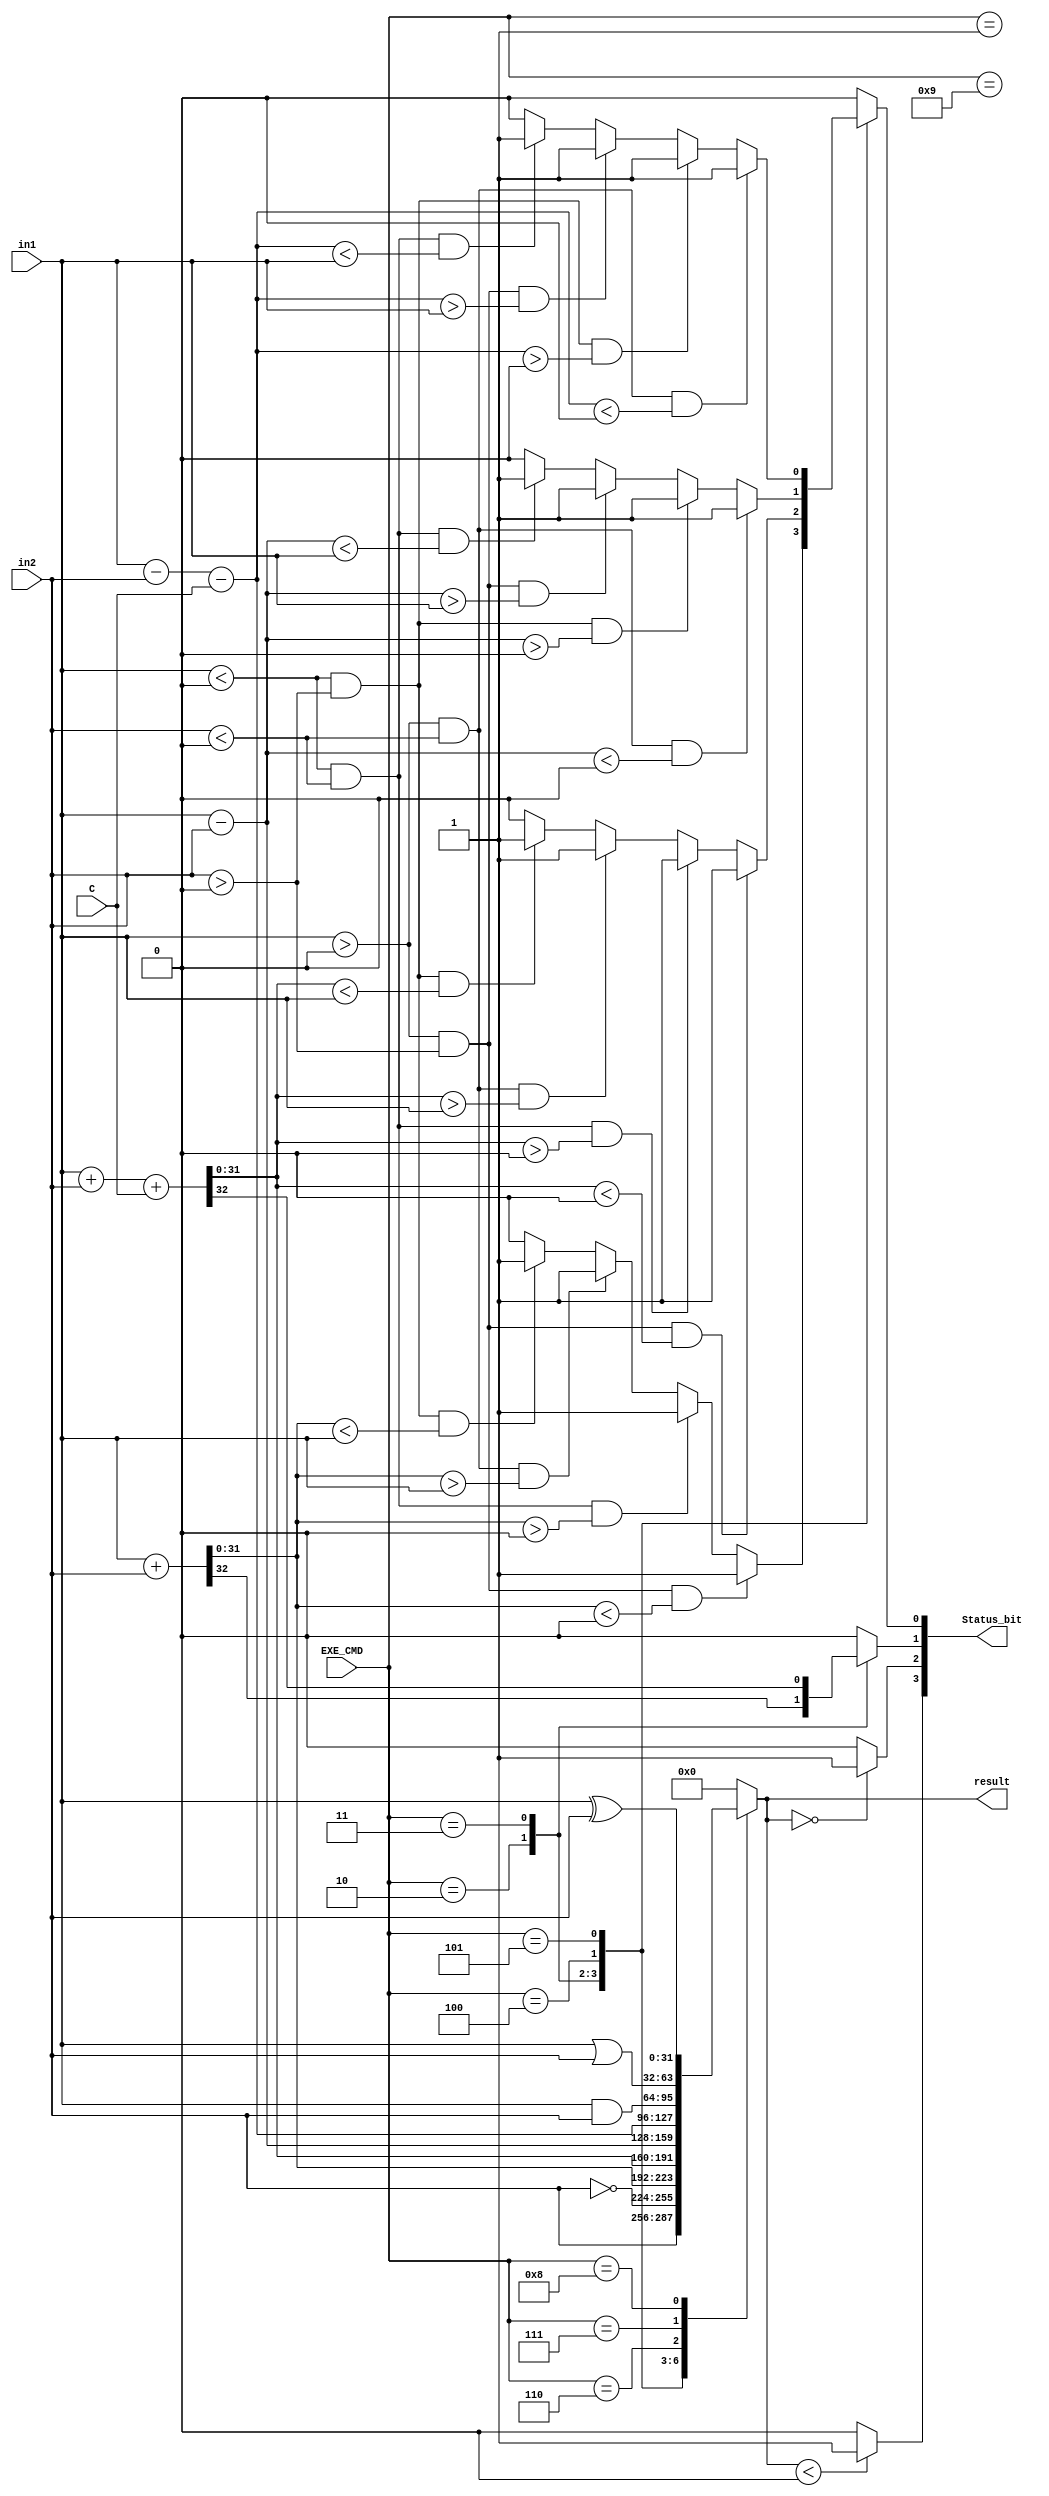
module ALU (
    input signed [31:0] in1,
    in2,
    input [3:0] EXE_CMD,
    input C,
    output [3:0] Status_bit,
    output reg signed [31:0] result
);
  parameter [3:0] MOV = 4'b001, MVN = 4'b1001, ADD_LDR_STR = 4'b0010, ADC = 4'b0011, SUB_CMP = 4'b0100, SBC = 4'b0101,
                    AND_TST = 4'b0110, ORR = 4'b0111, EOR = 4'b1000, TST = 4'b0110;
  //N neg out
  //V overflow
  //C carry out
  //Z zero
  reg N, Z, Co, V;
  assign Status_bit = {N, Z, Co, V};
  always @(in1, in2, C, EXE_CMD) begin
    N  = 1'b0;
    Z  = 1'b0;
    Co = 1'b0;
    V  = 1'b0;
    case (EXE_CMD)
      MOV:    result = in2;
      MVN:    result = ~in2;
      ADD_LDR_STR:    begin
                {Co,result} = in1 + in2;
                if(in1 > 0 & in2 > 0 & result < 0)
                    V = 1'b1;
                else if(in1 < 0 & in2 < 0 & result > 0)
                    V = 1'b1;
                else if(in1 > 0 & in2 < 0 & result > in1)
                    V = 1'b1;
                else if(in1 < 0 & in2 > 0 & result < in1)
                    V = 1'b1;
            end
      ADC:    begin
                {Co,result} = in1 + in2 + C;
                if(in1 > 0 & in2 > 0 & result < 0)
                    V = 1'b1;
                else if(in1 < 0 & in2 < 0 & result > 0)
                    V = 1'b1;
                else if(in1 > 0 & in2 < 0 & result > in1)
                    V = 1'b1;
                else if(in1 < 0 & in2 > 0 & result < in1)
                    V = 1'b1;
            end
      SUB_CMP:    begin
                result = in1 - in2;
                if(in1 > 0 & in2 < 0 & result < 0)
                    V = 1'b1;
                else if(in1 < 0 & in2 > 0 & result > 0)
                    V = 1'b1;
                else if(in1 > 0 & in2 > 0 & result > in1)
                    V = 1'b1;
                else if (in1 < 0 & in2 < 0 & result < in1)
                    V = 1'b1;
            end
      SBC:    begin
                result = in1 - in2 - (C);
                if(in1 > 0 & in2 < 0 & result < 0)
                    V = 1'b1;
                else if(in1 < 0 & in2 > 0 & result > 0)
                    V = 1'b1;
                else if(in1 > 0 & in2 > 0 & result > in1)
                    V = 1'b1;
                else if (in1 < 0 & in2 < 0 & result < in1)
                    V = 1'b1;
            end
      AND_TST:    result = in1 & in2;
      ORR:    result = in1 | in2;
      EOR:    result = in1 ^ in2;
      default: result = 32'b0;
    endcase

    if (result == 0) Z = 1'b1;

    if (result < 0) N = 1'b1;
  end
endmodule

module ALU_tb ();
  reg [31:0] in1, in2;
  reg [3:0] EXE_CMD;
  reg C;
  wire [3:0] Status_bit;
  wire [31:0] result;
  ALU ut (
      in1,
      in2,
      EXE_CMD,
      C,
      Status_bit,
      result
  );
  initial begin
    repeat (10) begin
      {in1, in2, EXE_CMD, C} = $random;
      #10;
    end
    in1 = 32'b01111111111111111111111111111111;
    in2 = 32'b00011010101010101110101010101011;
    EXE_CMD = 4'b0010;
    #20 $stop;
  end
endmodule